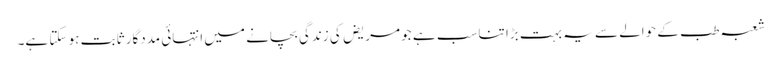
شعبہ طب کے حوالے سے یہ بہت بڑا تناسب ہے جو مریض کی زندگی بچانے میں انتہائی مددگار ثابت ہو سکتا ہے۔